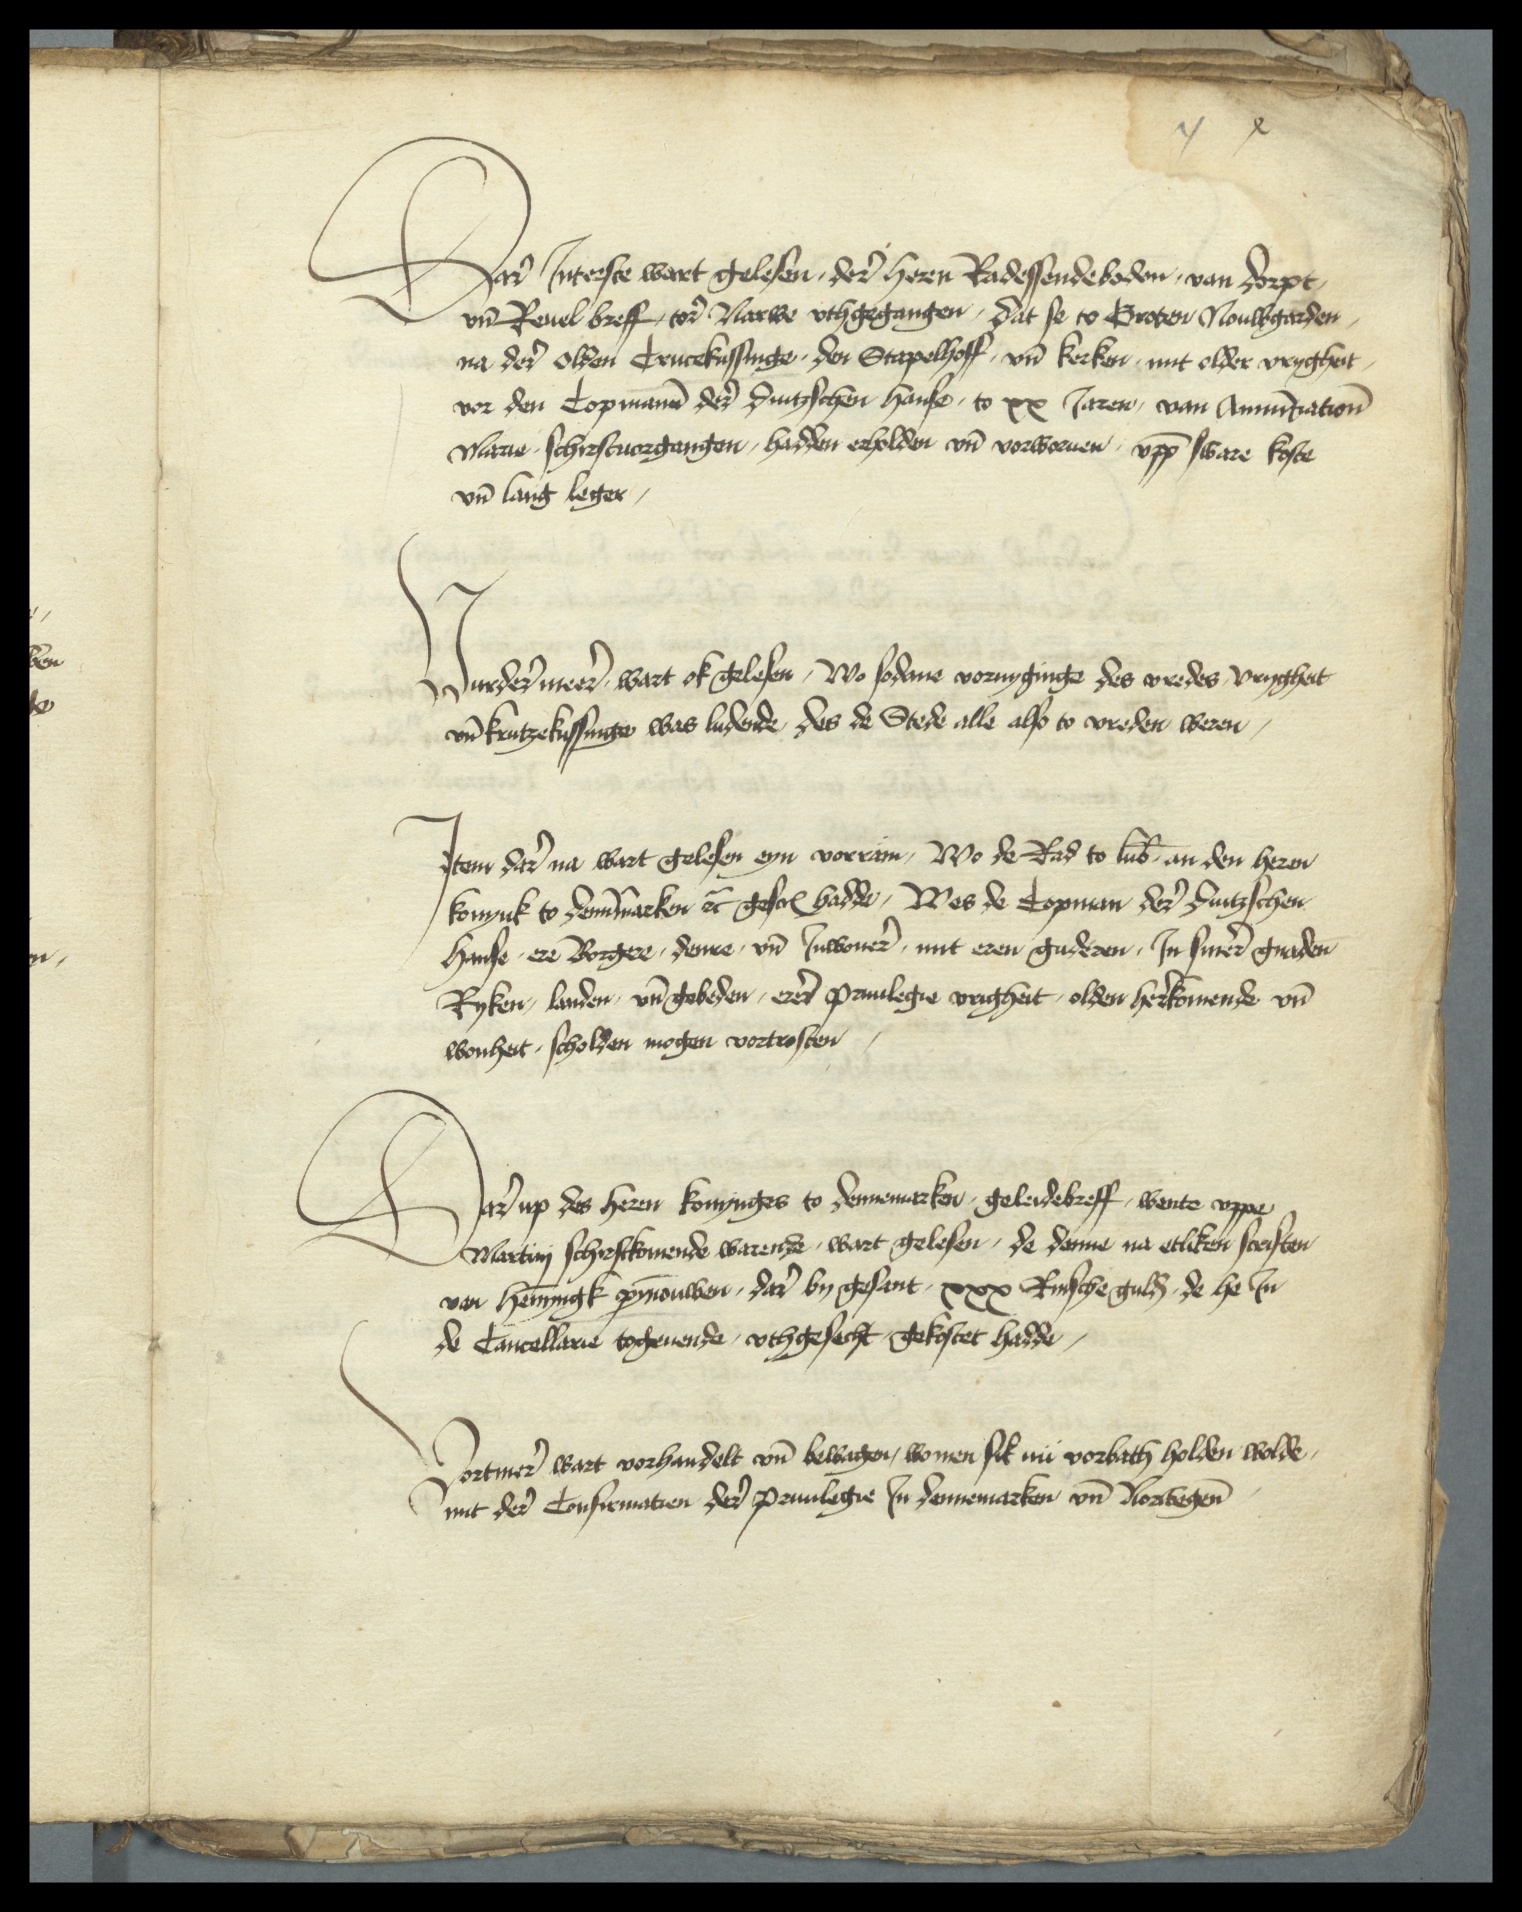
Dare Jnterste wart gelesen, derer heren Radessendeboden, van Dorpt,
vnd Reuel breff, tor Narwe vthgegangen, dat se to Groten Nouwgarden
na der olden Crucekussinge, den Stapelhoff vnd kerken mit older vryghet
vor den Copmann der dutzschen hanse, to xx Jaren, van Annuntationis
Marie schirstuorgangen, hadden erholden vnd vorworuen, vppe sware koste
vnd lang leger

Vurdermeere wart ok gelesen, wo sodane vornyginge des vredes, vrygheit
vnd krutzekussinge was ludende, des de Stede alle also to vreden weren

Jtem dar na wart gelesen eyn vorram, Wo de Rad to Lubeke an den heren
konynk to Denemarken etcetera gescreuen hadde, Wes de Copman der dutzschen
hanse ere Borgere, denre vnd Jnwoner, mit eren guderen, Jn siner gnaden
Ryken, landen, vnd gebeden, erer priuilegie vrigheit, olden herekomende vnd
wonheit, scholden mogen vortrosten

Dar up des heren Konynges to Dennemarker, geleidebreff wente vppe
Martinj schirstkomende warende, wart gelesen, de denne na etliken scriften
von Hennyngk Pynnouwen, dar by gesant xxx Rinsche gulden, de he Jn
de Cancellarie togeuende, vthgesecht gekostet hadde,

Vortmer wart vorhandelt vnd bewagen, wo men sik nu vorbath holden wolde
mit der Confirmatien der priuilegie Jn Dennemarken vnd Norwegen